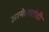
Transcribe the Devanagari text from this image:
ज्ञानेश्र्वरांची